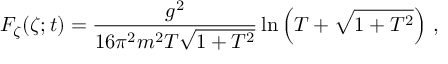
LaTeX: { \cal F } _ { \zeta } ( \zeta ; t ) = \frac { g ^ { 2 } } { 1 6 \pi ^ { 2 } m ^ { 2 } T \sqrt { 1 + T ^ { 2 } } } \ln \left( T + \sqrt { 1 + T ^ { 2 } } \right) \, ,